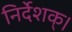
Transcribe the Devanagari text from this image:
निर्देशक्।